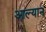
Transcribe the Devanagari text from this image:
आल्यान